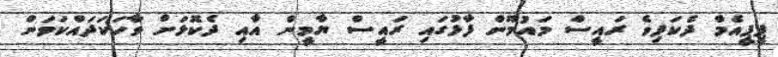
ޕީޕީއެމް ދެކަފިވެ ރައީސް މައުމޫން ފާޅުގައި ރައީސް ޔާމީން އާއި ދެކޮޅަށް ވާހަކަދައްކަވަން